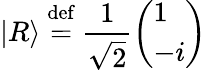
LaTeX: |R\rangle\ {\stackrel{\mathrm{def}}{=}}\ {\frac{1}{\sqrt{2}}}{\left(\begin{array}{l}{1}\\ {-i}\end{array}\right)}